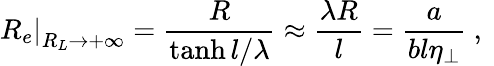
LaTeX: \left.R_{e}\right|_{R_{L}\rightarrow+\infty}=\frac{R}{\operatorname{tanh}l/\lambda}\approx\frac{\lambda R}{l}=\frac{a}{bl\eta_{\perp}}\mathrm{~,~}